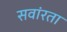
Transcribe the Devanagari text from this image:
सवांरता